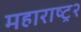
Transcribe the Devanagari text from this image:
महाराष्ट्र२